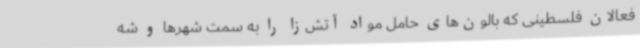
فعالان فلسطینی که بالون‌های حامل مواد آتش‌زا را به سمت شهرها و شه